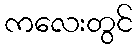
ကလေးတွင်